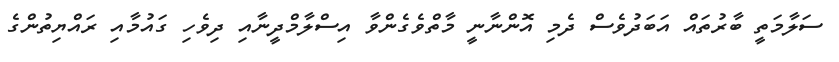
ސަލާމަތީ ބާރުތައް އަބަދުވެސް ދެމި އޮންނާނީ މާތްވެގެންވާ އިސްލާމްދީނާއި ދިވެހި ގައުމާއި ރައްޔިތުންގެ